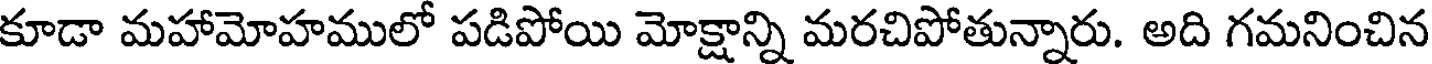
కూడా మహామోహములో పడిపోయి మోక్షాన్ని మరచిపోతున్నారు. అది గమనించిన